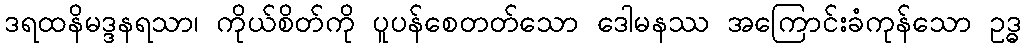
ဒရထနိမဒ္ဒနရသာ၊ ကိုယ်စိတ်ကို ပူပန်စေတတ်သော ဒေါမနဿ အကြောင်းခံကုန်သော ဥဒ္ဓ